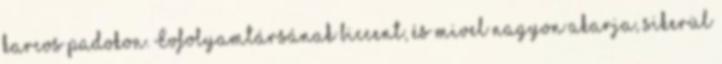
karcos padokon. Évfolyamtársának biccent, és mivel nagyon akarja, sikerül